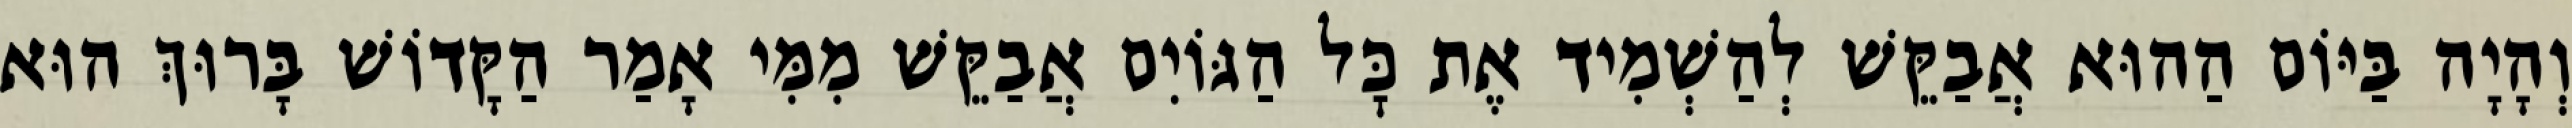
וְהָיָה בַּיּוֹם הַהוּא אֲבַקֵּשׁ לְהַשְׁמִיד אֶת כׇּל הַגּוֹיִם אֲבַקֵּשׁ מִמִּי אָמַר הַקָּדוֹשׁ בָּרוּךְ הוּא